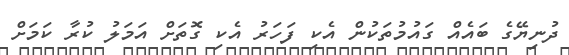
ދުނިޔޭގެ ބައެއް ގައުމުތަކުން އެކި ފަހަރު އެކި ގޮތަށް އަމަލު ކުރާ ކަމަށް